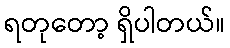
ရတုတော့ ရှိပါတယ်။